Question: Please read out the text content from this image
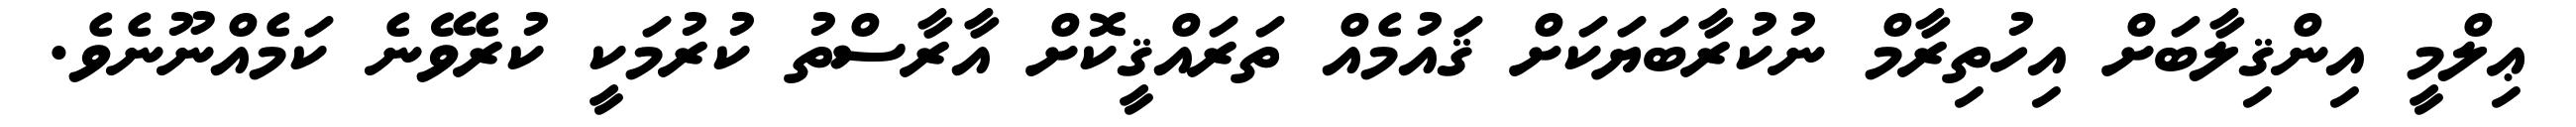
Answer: ޢިލްމީ އިންޤިލާބަށް އިހުތިރާމް ނުކުރާބަޔަކަށް ޤައުމެއް ތަރައްޤީކޮށް އާރާސްތު ކުރުމަކީ ކުރެވޭނެ ކަމެއްނޫނެވެ.